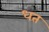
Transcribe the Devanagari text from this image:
धत